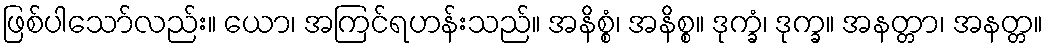
ဖြစ်ပါသော်လည်း။ ယော၊ အကြင်ရဟန်းသည်။ အနိစ္စံ၊ အနိစ္စ။ ဒုက္ခံ၊ ဒုက္ခ။ အနတ္တာ၊ အနတ္တ။